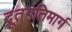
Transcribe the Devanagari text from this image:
द्रूतगतिमार्ग